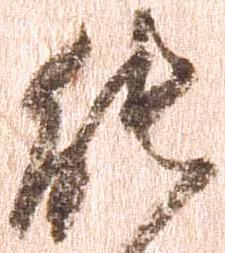
能